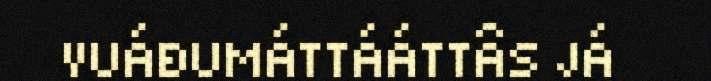
VUÁĐUMÁTTÁÁTTÂS JÁ